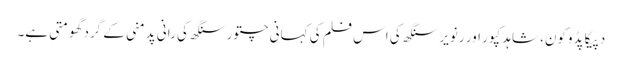
دپیکا پڈوکون، شاہد کپور اور رنویر سنگھ کی اس فلم کی کہانی چتور سنگھ کی رانی پدمنی کے گرد گھومتی ہے۔